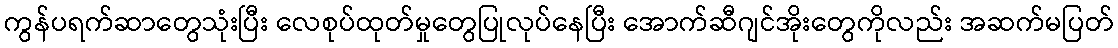
ကွန်ပရက်ဆာတွေသုံးပြီး လေစုပ်ထုတ်မှုတွေပြုလုပ်နေပြီး အောက်ဆီဂျင်အိုးတွေကိုလည်း အဆက်မပြတ်